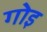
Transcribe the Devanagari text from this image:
गोइ